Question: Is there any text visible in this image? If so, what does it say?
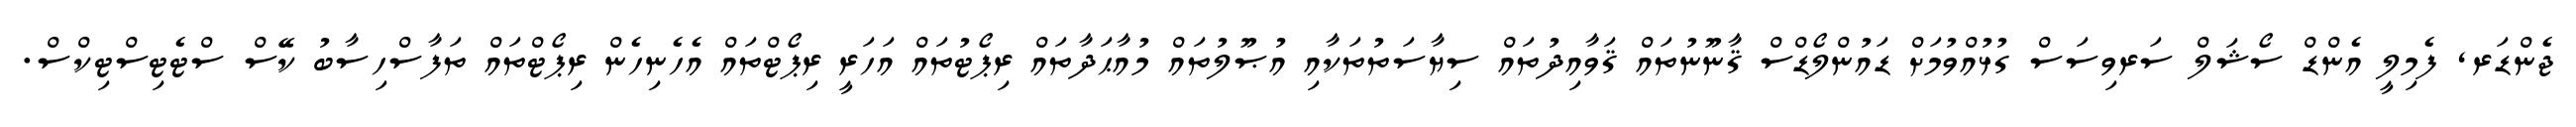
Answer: ޖެންޑަރ, ފެމިލީ އެންޑް ސޯޝަލް ސަރވިސަސް ގުޅުއްވުމަށް ޑައުންލޯޑްސް ޤާނޫނުތައް ޤަވާއިދުތައް ސިޔާސަތުތަކާއި އުޞޫލުތައް މުއާޙަދާތައް ރިޕޯޓުތައް އަހަރީ ރިޕޯޓްތައް އެހެނިހެން ރިޕޯޓްތައް ތަފާސްހިސާބު ކޭސް ސްޓެޓިސްޓިކްސް.